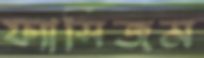
ফ্যাসিজম